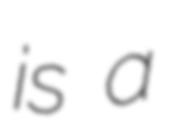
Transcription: is a